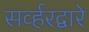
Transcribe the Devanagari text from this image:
सर्व्हरद्वारे